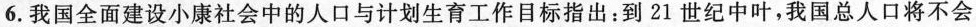
6.我国全面建设小康社会中的人口与计划生育工作目标指出：到21世纪中叶，我国总人口将不会